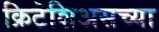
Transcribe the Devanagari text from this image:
क्रिटेशिअसच्या